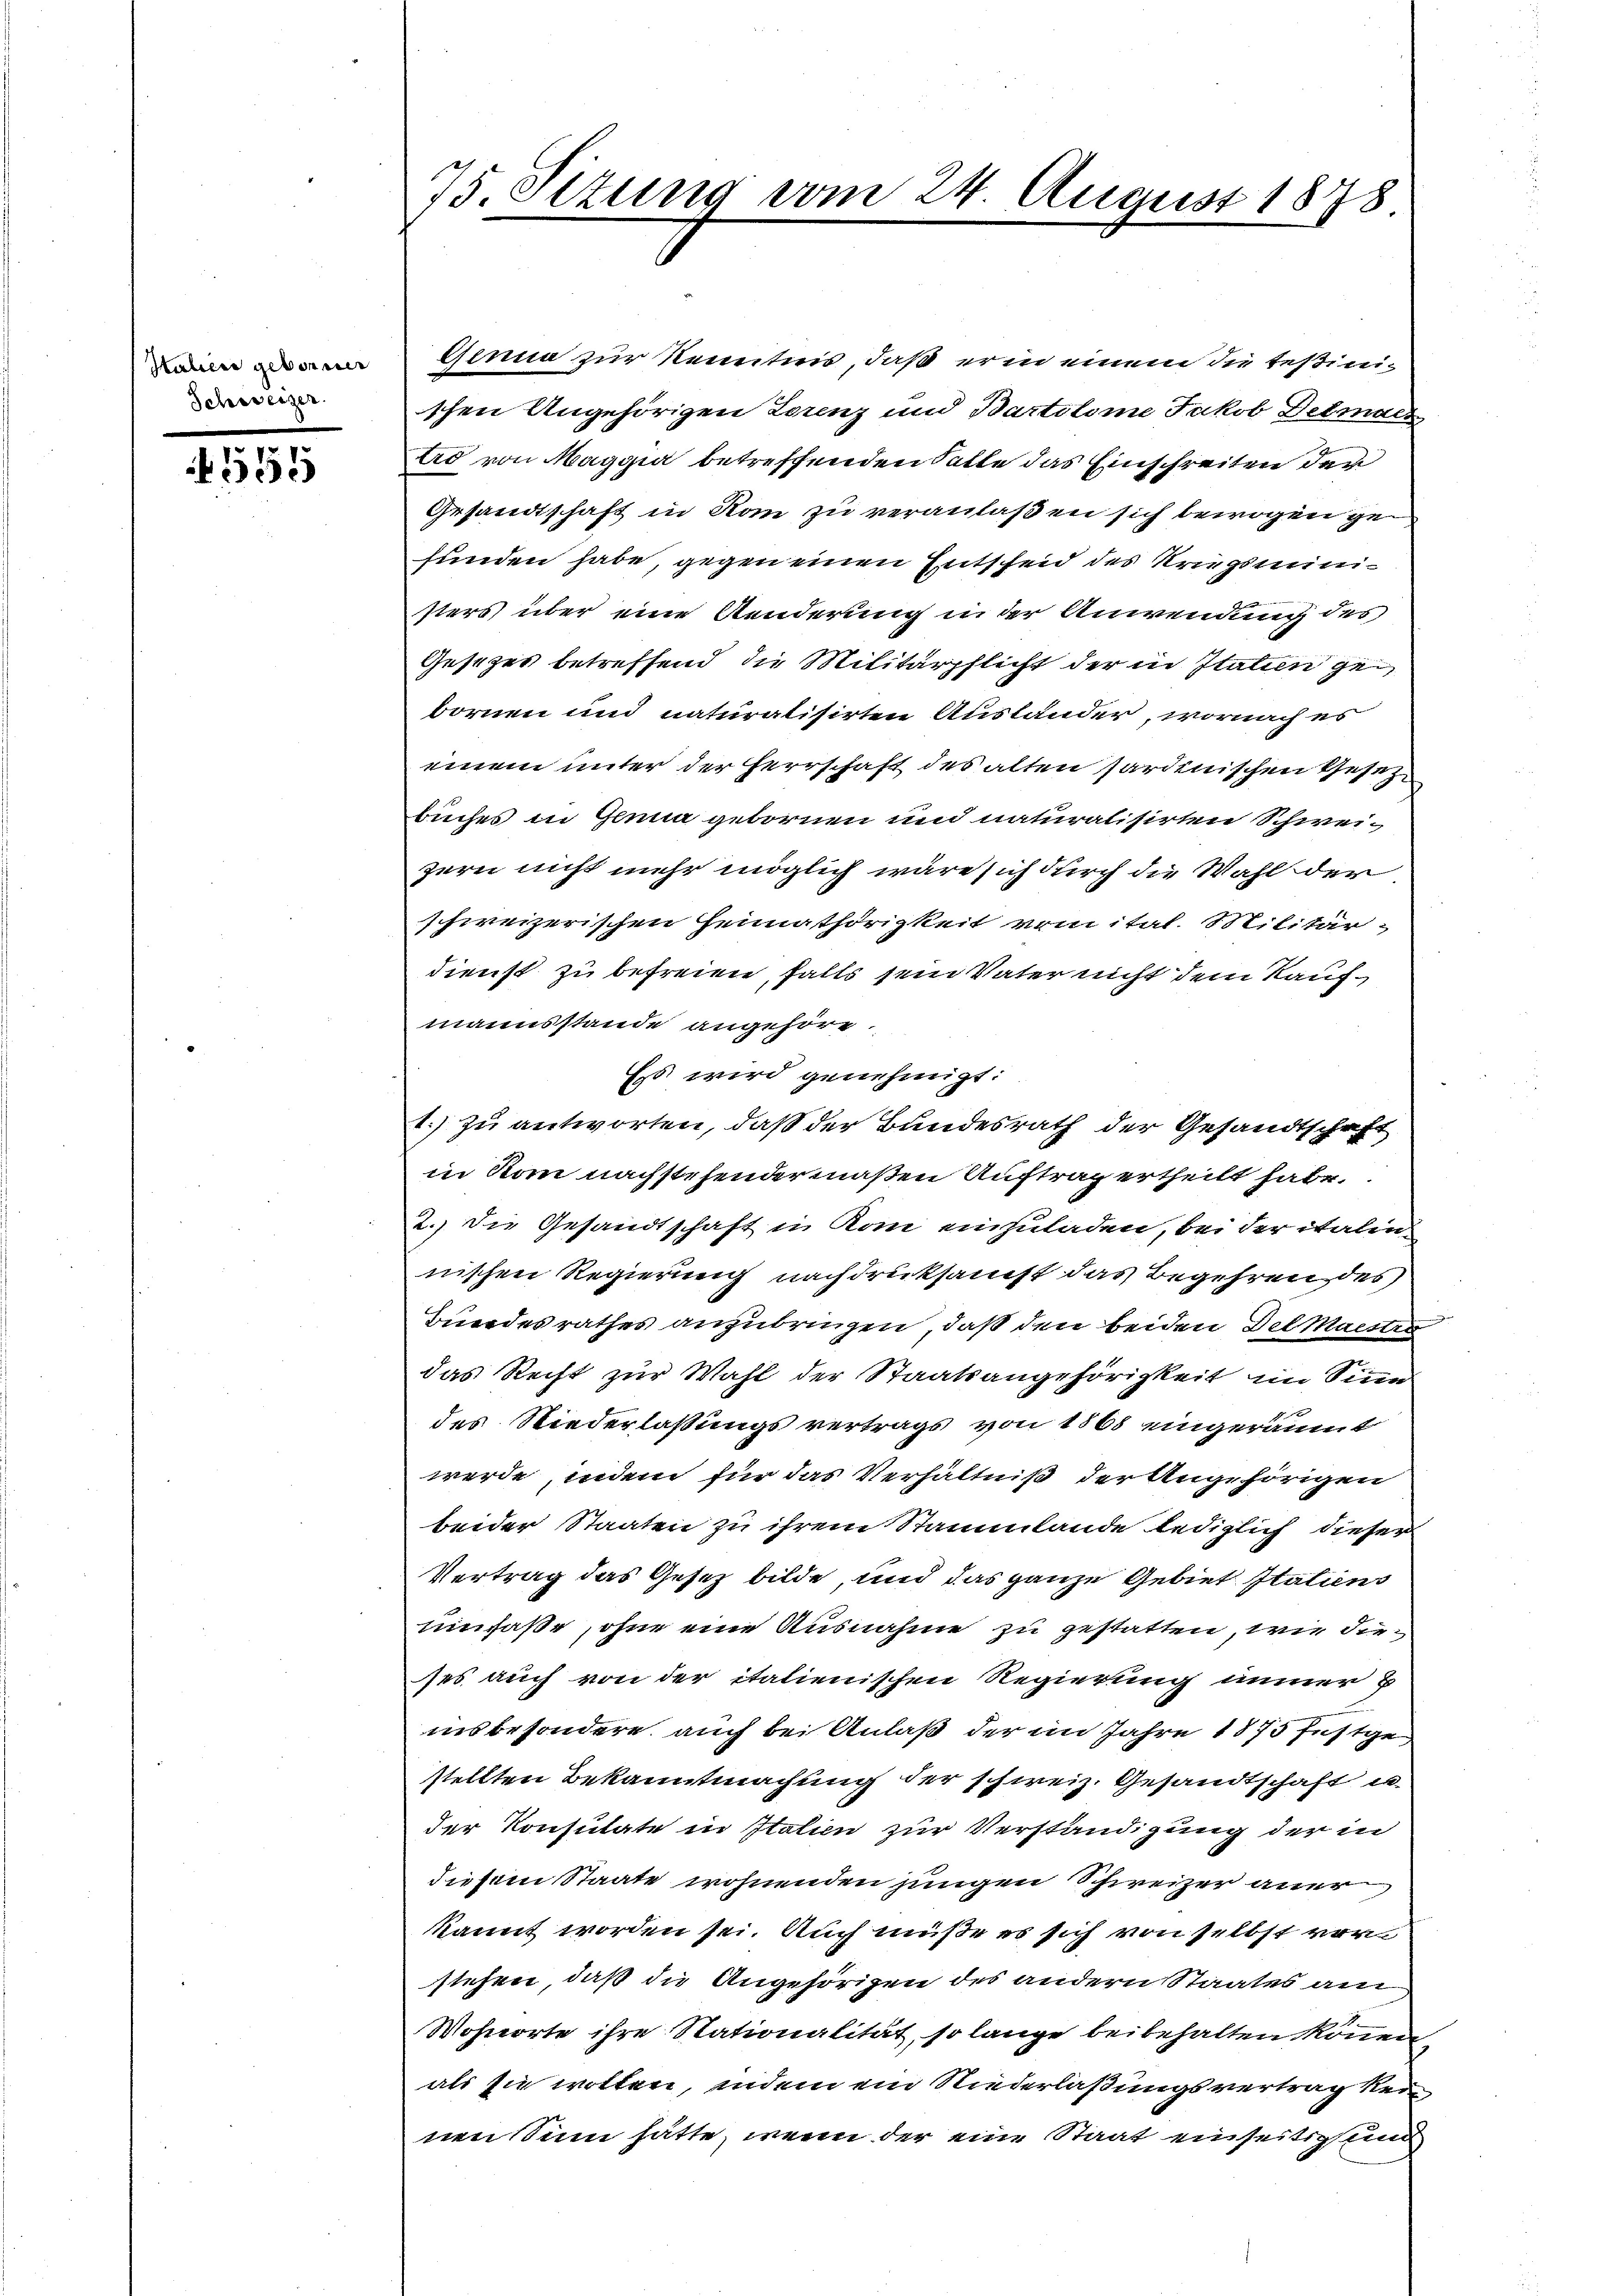
Italien geborner
Schweizer.

155

75. Sizung vom 24. August 1878.

Genua zur Kenntnis, daß er in einem die Teßinischen Angehörigen Lorenz und Bartolome Jakob Detmach
ad von Maggia betreffenden Falle das Einschreiten der
Gesandtschaft in Rom zu veranlaßen sich bewogen ge
funden habe, gegen einen Entscheid des Kriegsministers über eine Aenderung in der Anwendung des
Gesetzes betreffend die Militärpflicht der in Italien gebornen und naturalisirten Ausländer, wornach es
einem unter der Herrschaft des alten sardinischen Gesez
buches in Ganna gebornen und naturalisirten Schweizern nicht mehr möglich wäre sich durch die Wahl der
schweizerischen Heimathörigkeit vom ital. Militär
dienst zu befreien, falls sein Vater nicht dem Kaufmannsstande angehöre.
Es wird genehmigt:
1.) zu antworten, daß der Bundesrath der Gesandtschaft
in Rom nachstehendermaßen Auftrag ertheilt habe.
2.) Die Gesandtschaft in Rom einzuladen, bei der italinnischen Regierung nachdruksamst das Begehren des
Bundesrathes anzubringen, daß den beiden DelMaesen
das Recht zur Wahl der Staatsangehörigkeit im Sinne
des Niederlassungsvertrags von 1868 eingeräumt
werde, indem für das Verhältniß der Angehörigen
beider Staaten zu ihrem Stammlande lediglich dieser
Vertrag das Gesetz bilde, und das ganze Gebiet Italiens
umfaße, ohne eine Ausnahme zu gestatten, wie dieses auch von der italienischen Regierung immer b
insbesondere, auch bei Anlaß der im Jahre 1873 festge
stellten Bekanntmachung der schweiz. Gesandtschaft in
der Konsulate in Italien zur Verständigung der in
diesem Staate wohnenden jungen Schweizer aner
kannt worden sei. Auch müße es sich von selbst vor
stehen, daß die Angehörigen des andern Staates am
Wohnorte ihre Stationalität, so lange beibehalten können,
als sie wolten, indem ein Niederlaßungsvertrag ker
nen Sinn hätte, wenn der eine Staat einseitig und